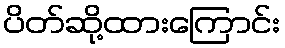
ပိတ်ဆို့ထားကြောင်း